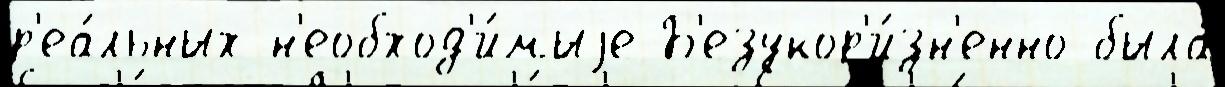
р'еа́льных н'еобход'и́мыjе Б'езукор'и́зн'енно была́